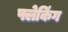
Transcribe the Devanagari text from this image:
फ्लेकिंग